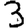
Digit: 3